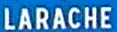
LARACHE